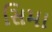
સિમા